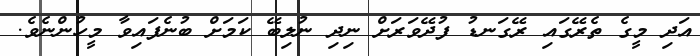
އަދި މީގެ ތެރޭގައި ރޭގަނޑު ފުދޭވަރަށް ނިދި ނުލިބޭ ކަމަށް ބުނެފައިވާ މީހުންނެވެ.